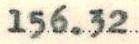
156.32